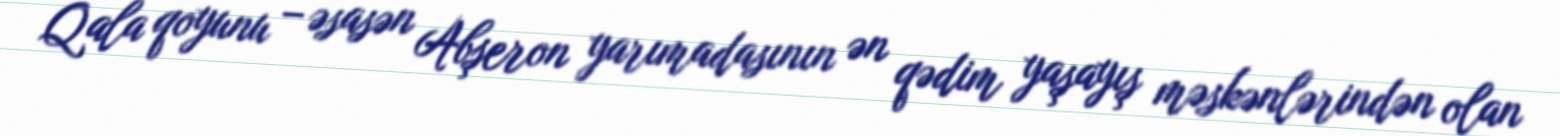
Qala qoyunu – əsasən Abşeron yarımadasının ən qədim yaşayış məskənlərindən olan